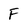
Character: F